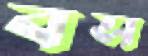
বস